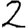
Digit: 2